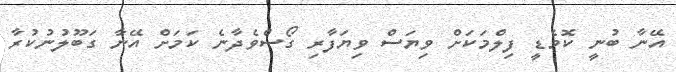
އޭނާ ބުނީ ކޮމެޑީ ފިލްމަކަށް ވިޔަސް ވިޔަފާރި ގޯސްވެދާނެ ކަމަށް އޭނާ ގަބޫލުނުކުރާ